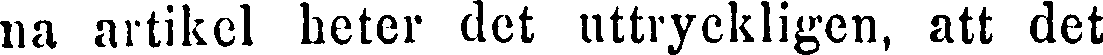
na artikel heter det uttryckligen, att det